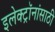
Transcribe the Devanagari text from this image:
इलेक्ट्रॉनांसाठी